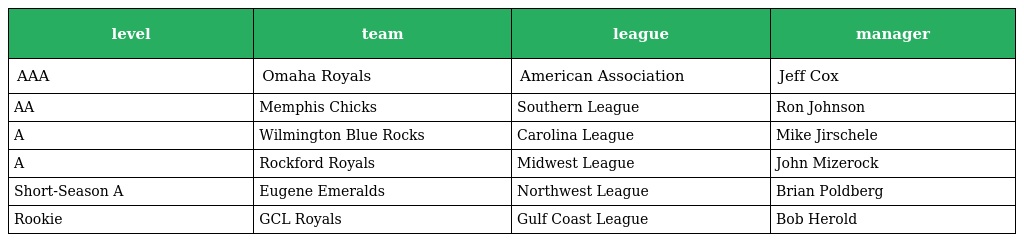
| level | team | league | manager |
 | --- | --- | --- | --- |
 | AAA | Omaha Royals | American Association | Jeff Cox |
 | AA | Memphis Chicks | Southern League | Ron Johnson |
 | A | Wilmington Blue Rocks | Carolina League | Mike Jirschele |
 | A | Rockford Royals | Midwest League | John Mizerock |
 | Short-Season A | Eugene Emeralds | Northwest League | Brian Poldberg |
 | Rookie | GCL Royals | Gulf Coast League | Bob Herold |